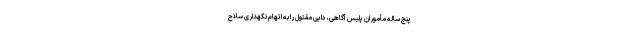
پنج ساله مأموران پلیس آگاهی، دایی مقتول را به اتهام نگهداری سلاح